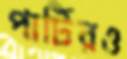
পার্টিরও